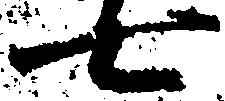
七